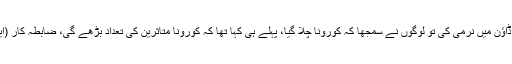
لاہور میں پریس کانفرنس کرتے ہوئے ڈاکٹر یاسمین راشدکا کہنا تھاکہ لاک ڈاؤن میں نرمی کی تو لوگوں نے سمجھا کہ کورونا چلا گیا، پہلے ہی کہا تھا کہ کورونا متاثرین کی تعداد بڑھے گی، ضابطہ کار (ایس او پیز) کی خلاف ورزی کے باعث کورونا کے کیسز میں اضافہ ہوا ہے۔